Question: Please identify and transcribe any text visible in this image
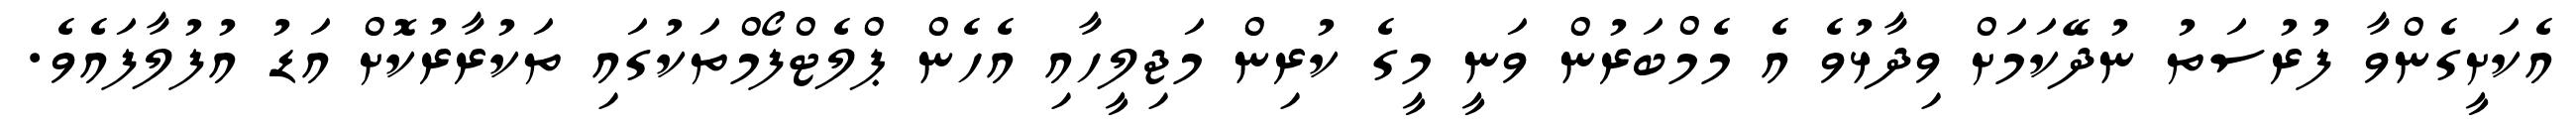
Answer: އެކަށީގެންވާ ފުރުސަތު ނުދޭކަމަށް ވިދާޅުވެ އެ މެމްބަރުން ވަނީ މީގެ ކުރިން މަޖިލީހާއި އެހެން ޕްލެޓްފޯމްތަކުގައި ތަކުރާރުކޮށް އަޑު އުފުލާފައެވެ.